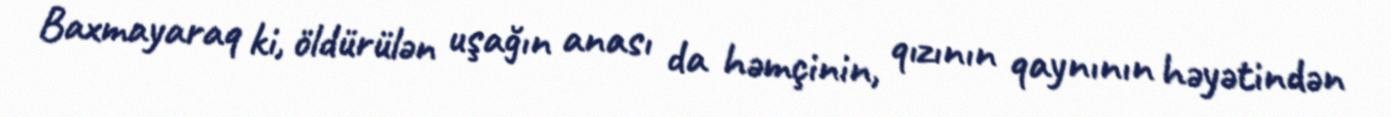
Baxmayaraq ki, öldürülən uşağın anası da həmçinin, qızının qaynının həyətindən